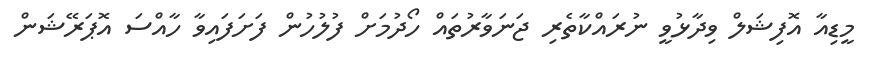
މީޑިއާ އޮފިޝަލް ވިދާޅުވީ ނުރައްކާތެރި ޖަނަވާރުތައް ހޯދުމަށް ފުލުހުން ފަށަފައިވާ ހާއްސަ އޮޕަރޭޝަން